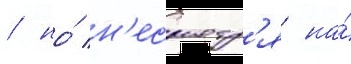
/ но́ н'есмотр'я на́